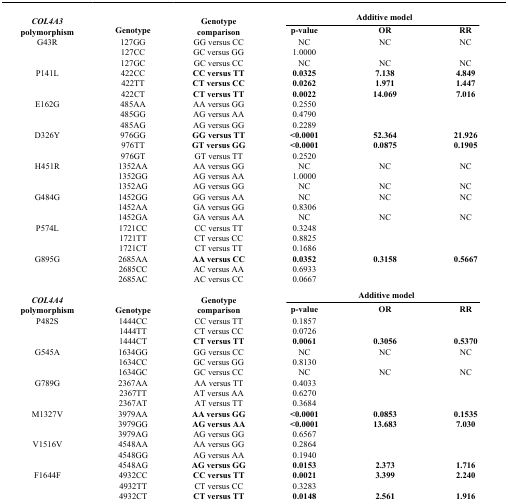
<table><thead><tr><td rowspan="2"><b><i>COL4A3</i> polymorphism</b></td><td rowspan="2"><b>Genotype</b></td><td rowspan="2"><b>Genotype comparison</b></td><td colspan="3"><b>Additive model</b></td></tr><tr><td><b>p-value</b></td><td><b>OR</b></td><td><b>RR</b></td></tr></thead><tbody><tr><td>G43R</td><td>127GG</td><td>GG versus CC</td><td>NC</td><td>NC</td><td>NC</td></tr><tr><td> </td><td>127CC</td><td>GC versus GG</td><td>1.0000</td><td> </td><td> </td></tr><tr><td> </td><td>127GC</td><td>GC versus CC</td><td>NC</td><td>NC</td><td>NC</td></tr><tr><td>P141L</td><td>422CC</td><td><b>CC versus TT</b></td><td><b>0.0325</b></td><td><b>7.138</b></td><td><b>4.849</b></td></tr><tr><td> </td><td>422TT</td><td><b>CT versus CC</b></td><td><b>0.0262</b></td><td><b>1.971</b></td><td><b>1.447</b></td></tr><tr><td> </td><td>422CT</td><td><b>CT versus TT</b></td><td><b>0.0022</b></td><td><b>14.069</b></td><td><b>7.016</b></td></tr><tr><td>E162G</td><td>485AA</td><td>AA versus GG</td><td>0.2550</td><td> </td><td> </td></tr><tr><td> </td><td>485GG</td><td>AG versus AA</td><td>0.4790</td><td> </td><td> </td></tr><tr><td> </td><td>485AG</td><td>AG versus GG</td><td>0.2289</td><td> </td><td> </td></tr><tr><td>D326Y</td><td>976GG</td><td><b>GG versus TT</b></td><td><b>&lt;0.0001</b></td><td><b>52.364</b></td><td><b>21.926</b></td></tr><tr><td> </td><td>976TT</td><td><b>GT versus GG</b></td><td><b>&lt;0.0001</b></td><td><b>0.0875</b></td><td><b>0.1905</b></td></tr><tr><td> </td><td>976GT</td><td>GT versus TT</td><td>0.2520</td><td> </td><td> </td></tr><tr><td>H451R</td><td>1352AA</td><td>AA versus GG</td><td>NC</td><td>NC</td><td>NC</td></tr><tr><td> </td><td>1352GG</td><td>AG versus AA</td><td>1.0000</td><td> </td><td> </td></tr><tr><td> </td><td>1352AG</td><td>AG versus GG</td><td>NC</td><td>NC</td><td>NC</td></tr><tr><td>G484G</td><td>1452GG</td><td>GG versus AA</td><td>NC</td><td>NC</td><td>NC</td></tr><tr><td> </td><td>1452AA</td><td>GA versus GG</td><td>0.8306</td><td> </td><td> </td></tr><tr><td> </td><td>1452GA</td><td>GA versus AA</td><td>NC</td><td>NC</td><td>NC</td></tr><tr><td>P574L</td><td>1721CC</td><td>CC versus TT</td><td>0.3248</td><td> </td><td> </td></tr><tr><td> </td><td>1721TT</td><td>CT versus CC</td><td>0.8825</td><td> </td><td> </td></tr><tr><td> </td><td>1721CT</td><td>CT versus TT</td><td>0.1686</td><td> </td><td> </td></tr><tr><td>G895G</td><td>2685AA</td><td><b>AA versus CC</b></td><td><b>0.0352</b></td><td><b>0.3158</b></td><td><b>0.5667</b></td></tr><tr><td> </td><td>2685CC</td><td>AC versus AA</td><td>0.6933</td><td> </td><td> </td></tr><tr><td> </td><td>2685AC</td><td>AC versus CC</td><td>0.0667</td><td> </td><td> </td></tr><tr><td rowspan="2"><b><i>COL4A4</i> polymorphism</b></td><td rowspan="2"><b>Genotype</b></td><td rowspan="2"><b>Genotype comparison</b></td><td colspan="3"><b>Additive model</b></td></tr><tr><td><b>p-value</b></td><td><b>OR</b></td><td><b>RR</b></td></tr><tr><td>P482S</td><td>1444CC</td><td>CC versus TT</td><td>0.1857</td><td> </td><td> </td></tr><tr><td> </td><td>1444TT</td><td>CT versus CC</td><td>0.0726</td><td> </td><td> </td></tr><tr><td> </td><td>1444CT</td><td><b>CT versus TT</b></td><td><b>0.0061</b></td><td><b>0.3056</b></td><td><b>0.5370</b></td></tr><tr><td>G545A</td><td>1634GG</td><td>GG versus CC</td><td>NC</td><td>NC</td><td>NC</td></tr><tr><td> </td><td>1634CC</td><td>GC versus GG</td><td>0.8130</td><td> </td><td> </td></tr><tr><td> </td><td>1634GC</td><td>GC versus CC</td><td>NC</td><td>NC</td><td>NC</td></tr><tr><td>G789G</td><td>2367AA</td><td>AA versus TT</td><td>0.4033</td><td> </td><td> </td></tr><tr><td> </td><td>2367TT</td><td>AT versus AA</td><td>0.6270</td><td> </td><td> </td></tr><tr><td> </td><td>2367AT</td><td>AT versus TT</td><td>0.3684</td><td> </td><td> </td></tr><tr><td>M1327V</td><td>3979AA</td><td><b>AA versus GG</b></td><td><b>&lt;0.0001</b></td><td><b>0.0853</b></td><td><b>0.1535</b></td></tr><tr><td> </td><td>3979GG</td><td><b>AG versus AA</b></td><td><b>&lt;0.0001</b></td><td><b>13.683</b></td><td><b>7.030</b></td></tr><tr><td> </td><td>3979AG</td><td>AG versus GG</td><td>0.6567</td><td> </td><td> </td></tr><tr><td>V1516V</td><td>4548AA</td><td>AA versus GG</td><td>0.2864</td><td> </td><td> </td></tr><tr><td> </td><td>4548GG</td><td>AG versus AA</td><td>0.1940</td><td> </td><td> </td></tr><tr><td> </td><td>4548AG</td><td><b>AG versus GG</b></td><td><b>0.0153</b></td><td><b>2.373</b></td><td><b>1.716</b></td></tr><tr><td>F1644F</td><td>4932CC</td><td><b>CC versus TT</b></td><td><b>0.0021</b></td><td><b>3.399</b></td><td><b>2.240</b></td></tr><tr><td> </td><td>4932TT</td><td>CT versus CC</td><td>0.3283</td><td> </td><td> </td></tr><tr><td> </td><td>4932CT</td><td><b>CT versus TT</b></td><td><b>0.0148</b></td><td><b>2.561</b></td><td><b>1.916</b></td></tr></tbody></table>